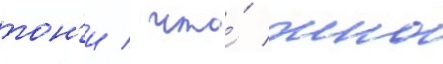
тон'и / что́ чино